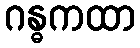
ဂန္ဓကထာ